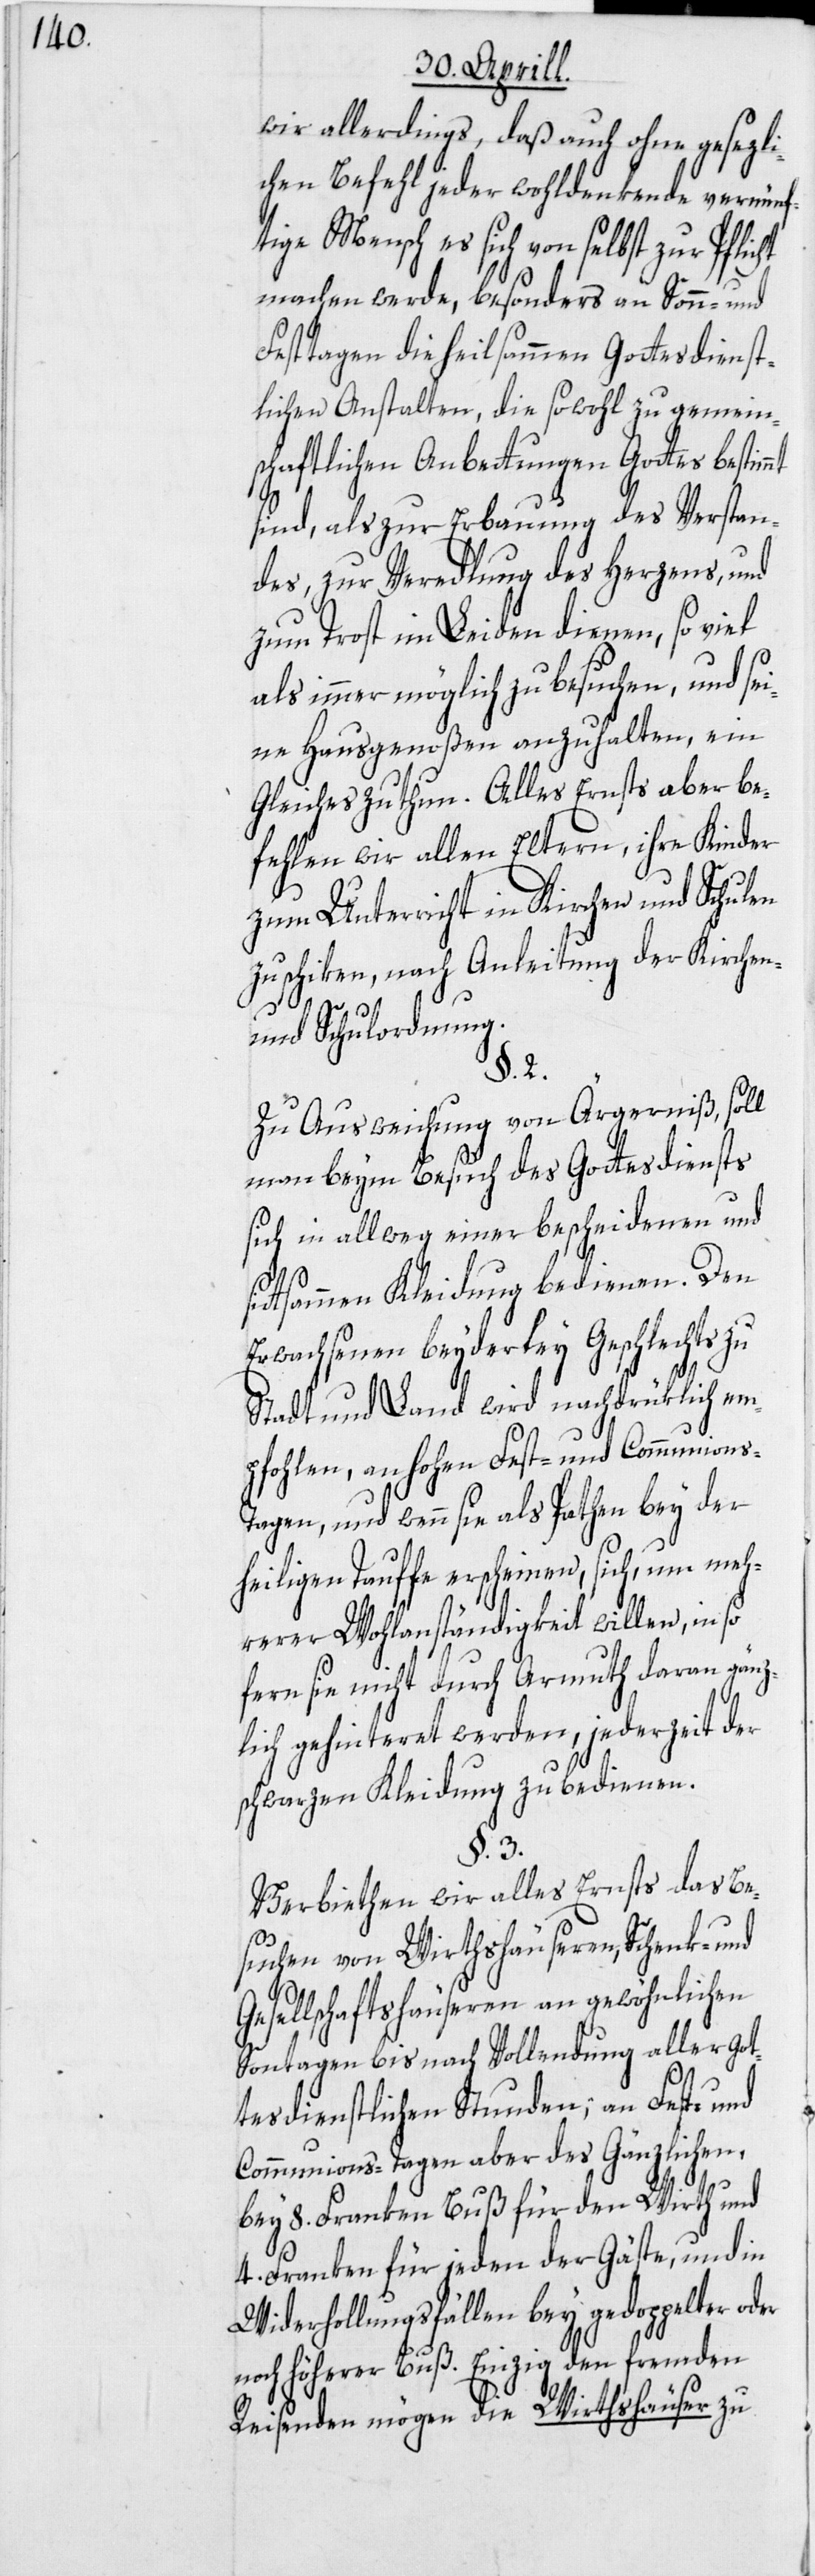
wir allerdings, daß auch ohne gesezli¬
chen Befehl jeder wohldenkende vernünf¬
tige Mensch es sich von selbst zur Pflic¬
machen werde, besonders an Sonn- und
Festtagen die heilsammen Gottesdienst¬
lichen Anstalten, die sowohl zu gemein¬
schaftlichen Anbettungen Gottes bestim¬
sind, als zur Erbauung des Verstan¬
des, zur Veredlung des Herzens, und
zum Trost im Leiden dienen, so viel
als immer möglich zu besuchen, und sei¬
ne Hausgenoßen anzuhalten, ein
Gleiches zu thun. Alles Ernsts aber be¬
fehlen wir allen Eltern, ihre Kinder
zum Unterricht in Kirchen und Schulen
zu schiken, nach Anleitung der Kirchen-
s¬
und Schulordnung.
§. 2.
Zu Ausweichung von Ärgerniß, soll
man beym Besuch des Gottesdiensts
sich in allweg einer bescheidenen und
ittsammen Kleidung bedienen. Den
Erwachsenen beyderley Geschlechts zu
Stadt und Land wird nachdrüklich em¬
pfohlen, an hohen Fest- und Communions-T¬
agen, und wenn sie als Pathen bey der
heiligen Tauffe erscheinen, sich, um meh¬
rerer Wohlanständigkeit willen, in so
fern sie nicht durch Armuth daran gänz¬
lich gehinteret werden, jederzeit der
schwarzen Kleidung zu bedienen.
§. 3.
Verbiethen wir alles Ernsts das Be¬
suchen von Wirthshäuseren, Schenk- und
Gesellschaftshäuseren an gewöhnlichen
Sontagen bis nach Vollendung aller got¬
tesdienstlichen Stunden; an Fest- und
Communions-Tagen aber des Gänzlichen,
bey 8. Franken Buß für den Wirth und
4. Franken für jeden der Gäste, und in
Widerhollungsfällen bey gedoppelter oder
noch höherer Buß. Einzig den fremden
Reisenden mögen die Wirthshäuser zu